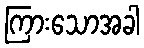
ကြားသောအခါ